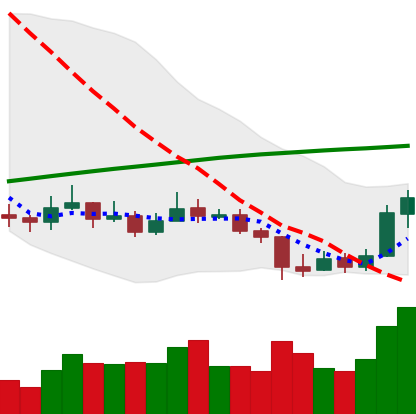
Ticker: LINK-USD
Chart end date: 2019-09-19
Forward return: -7.466%
Label: down_7plus